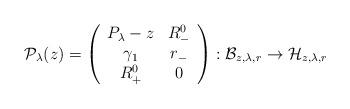
LaTeX: \begin{align*}\mathcal{P}_\lambda(z)=\left( \begin{array}{cc} P_\lambda-z & R_-^0 \\ \gamma_1 & r_- \\ R_+^0 & 0 \\ \end{array} \right):\mathcal{B}_{z,\lambda,r}\to\mathcal{H}_{z,\lambda,r}\end{align*}